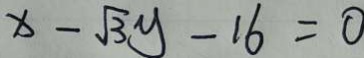
x - \sqrt { 3 } y - 1 6 = 0